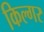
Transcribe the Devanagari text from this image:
किल्‍गर